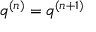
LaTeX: { \mathfrak { q } } ^ { ( n ) } = { \mathfrak { q } } ^ { ( n + 1 ) }